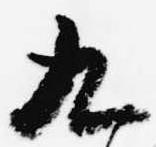
九